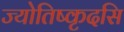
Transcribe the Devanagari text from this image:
ज्योतिष्कृदसि